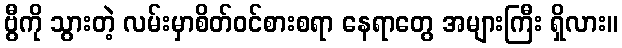
ဗွီကို သွားတဲ့ လမ်းမှာစိတ်ဝင်စားစရာ နေရာတွေ အများကြီး ရှိလား။